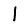
Digit: 1